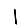
Digit: 1